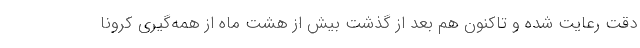
دقت رعایت شده و تاکنون هم بعد از گذشت بیش از هشت ماه از همه‌گیری کرونا